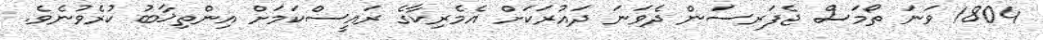
1804 ވަނަ ތޯމަސް ޖެފަރސަން ދެވަނަ ދައުރަކަށް އެމެރިކާގެ ރައީސްކަމަށް އިންތިޚާބު ކުރެވުނެވެ.